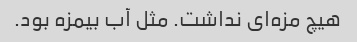
هیچ مزه‌ای نداشت. مثل آب بیمزه بود.